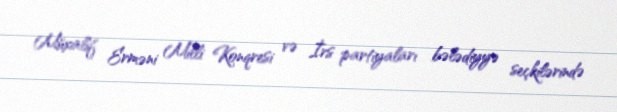
Müxalif Erməni Milli Konqresi və İrs partiyaları bələdiyyə seçkilərində